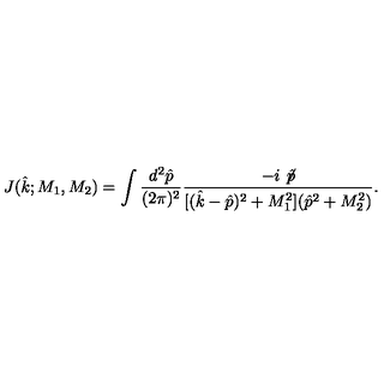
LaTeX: J ( { \hat { k } } ; M _ { 1 } , M _ { 2 } ) = \int \frac { d ^ { 2 } { \hat { p } } } { ( 2 \pi ) ^ { 2 } } \frac { - i \not \! { \hat { p } } } { [ ( { \hat { k } } - { \hat { p } } ) ^ { 2 } + M _ { 1 } ^ { 2 } ] ( { \hat { p } } ^ { 2 } + M _ { 2 } ^ { 2 } ) } .